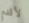
لأقدم